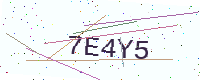
Text: 7E4Y5